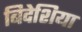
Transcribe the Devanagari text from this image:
बिदेशिया